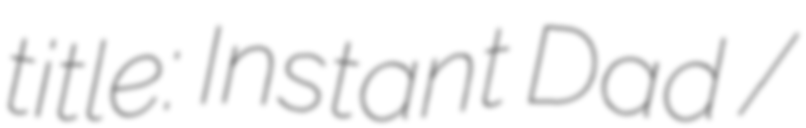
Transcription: title: Instant Dad /